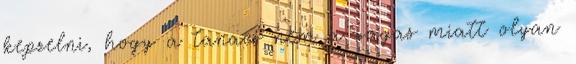
kepzelni, hogy a tanacs nem a vagas miatt olyan